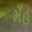
મઁહ